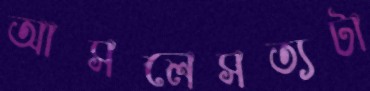
আসলেসত্যটা